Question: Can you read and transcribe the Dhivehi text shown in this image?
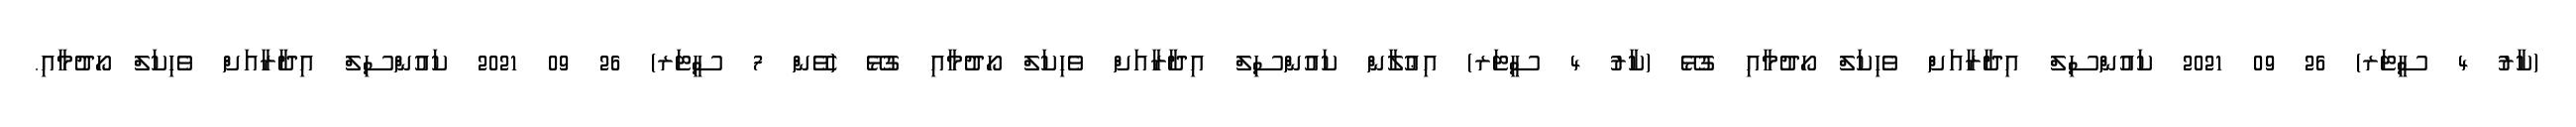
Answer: (ކާރު 4 ސީޓަރ) 26 09 2021 ކައުންސިލް އިދާރާއަށް ވެހިކަލް ހޯދުމާއި ގުޅޭ (ކާރު 4 ސީޓަރ) އިޢުލާން ކައުންސިލް އިދާރާއަށް ވެހިކަލް ހޯދުމާއި ގުޅޭ (ވޭން 7 ސީޓަރ) 26 09 2021 ކައުންސިލް އިދާރާއަށް ވެހިކަލް ހޯދުމާއި.